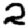
Digit: 2